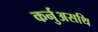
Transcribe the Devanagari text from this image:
कर्नुअसथि